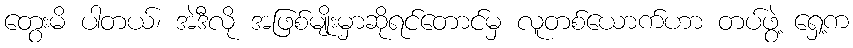
တွေးမိ ပါတယ်၊ အဲဒီလို အဖြစ်မျိုးမှာဆိုရင်တောင်မှ လူတစ်ယောက်ဟာ တပ်ဖွဲ့ ရှေ့က